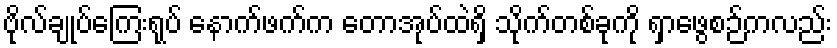
ဗိုလ်ချုပ်ကြေးရုပ် နောက်ဖက်က တောအုပ်ထဲရှိ သိုက်တစ်ခုကို ရှာဖွေစဉ်ကလည်း